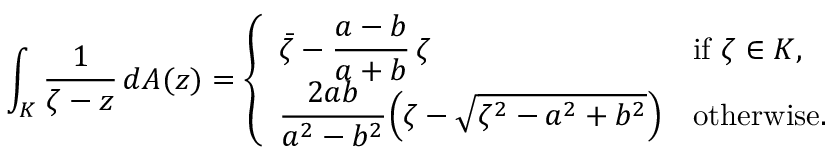
\int _ { K } \frac { 1 } { \zeta - z } \, d A ( z ) = \left\{ \begin{array} { l l } { \displaystyle \bar { \zeta } - \frac { a - b } { a + b } \, \zeta } & { \mathrm { i f ~ } \zeta \in K , \smallskip } \\ { \displaystyle \frac { 2 a b } { a ^ { 2 } - b ^ { 2 } } \Big ( \zeta - \sqrt { \zeta ^ { 2 } - a ^ { 2 } + b ^ { 2 } } \Big ) } & { \mathrm { o t h e r w i s e . } } \end{array} \right.